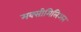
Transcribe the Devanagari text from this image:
मक्सीमिलिअन